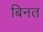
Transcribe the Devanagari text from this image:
बिनत